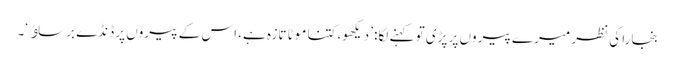
بنجارا کی نظر میرے پیروں پر پڑی تو کہنے لگا: ’دیکھو، کتنا موٹا تازہ ہے، اس کے پیروں پر ڈنڈے برساﺅ‘۔